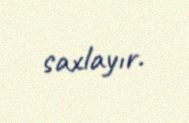
saxlayır.